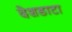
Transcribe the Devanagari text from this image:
देशडाटा